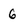
Character: 6